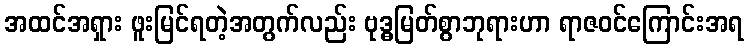
အထင်အရှား ဖူးမြင်ရတဲ့အတွက်လည်း ဗုဒ္ဓမြတ်စွာဘုရားဟာ ရာဇဝင်ကြောင်းအရ